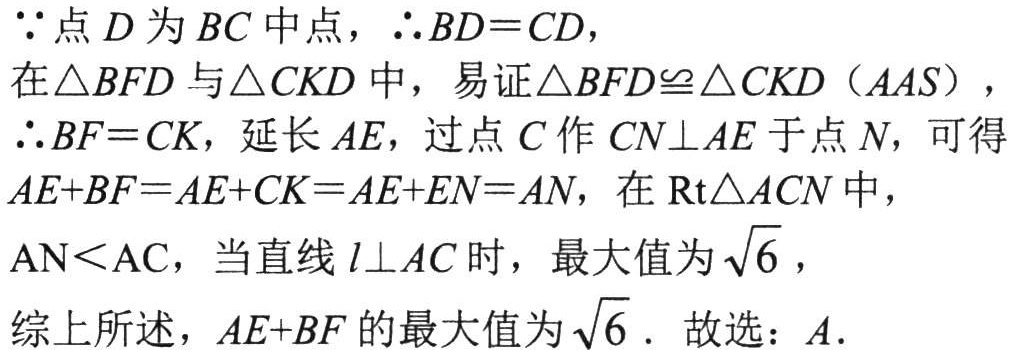
\(\because\)点\(D\)为\(BC\)中点，\(\therefore BD = CD\)，
在\(\triangle BFD\)与\(\triangle CKD\)中，易证\(\triangle BFD\cong\triangle CKD\)（\(AAS\)），
\(\therefore BF = CK\)，延长\(AE\)，过点\(C\)作\(CN\perp AE\)于点\(N\)，可得
\(AE + BF=AE + CK = AE + EN = AN\)，在\(\text{Rt}\triangle ACN\)中，
\(AN<AC\)，当直线\(l\perp AC\)时，最大值为\(\sqrt{6}\)，
综上所述，\(AE + BF\)的最大值为\(\sqrt{6}\). 故选：\(A\).